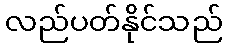
လည်ပတ်နိုင်သည်